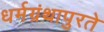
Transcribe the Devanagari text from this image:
धर्मग्रंथापुरते